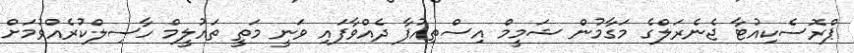
ޕްރޮސެކިއުޓާ ޖެނެރަލްގެ މަގާމުން ޝަމީމް އިސްތިއުފާ ދެއްވާފައި ވަނީ މަތީ ތައުލީމް ހާސިލްކުރެއްވުމަށް